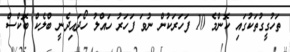
ތަހުގީގުތަކުގައި ކޮންމެ 10 ފަހަރަކުން ނުވަ ފަހަރު ހައްލު ހޯދައިދެނީ ބްލެކް ބޮކްސް